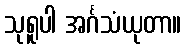
သုရူပါ အင်္ဂသံယုတာ။